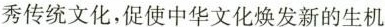
秀传统文化，促使中华文化焕发新的生机